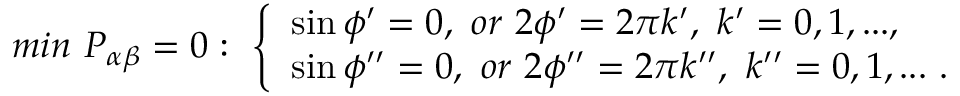
m i n ~ P _ { \alpha \beta } = 0 : ~ \left\{ \begin{array} { l } { { \sin \phi ^ { \prime } = 0 , ~ o r ~ 2 \phi ^ { \prime } = 2 \pi k ^ { \prime } , ~ k ^ { \prime } = 0 , 1 , . . . , } } \\ { { \sin \phi ^ { \prime \prime } = 0 , ~ o r ~ 2 \phi ^ { \prime \prime } = 2 \pi k ^ { \prime \prime } , ~ k ^ { \prime \prime } = 0 , 1 , . . . ~ . } } \end{array} \right.